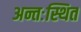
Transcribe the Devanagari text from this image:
अन्तःस्थित